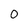
Character: 0